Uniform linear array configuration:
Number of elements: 8
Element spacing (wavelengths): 1
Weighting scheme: blackman
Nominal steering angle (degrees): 60
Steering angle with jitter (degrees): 58.998
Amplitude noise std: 0.05
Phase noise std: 0.05

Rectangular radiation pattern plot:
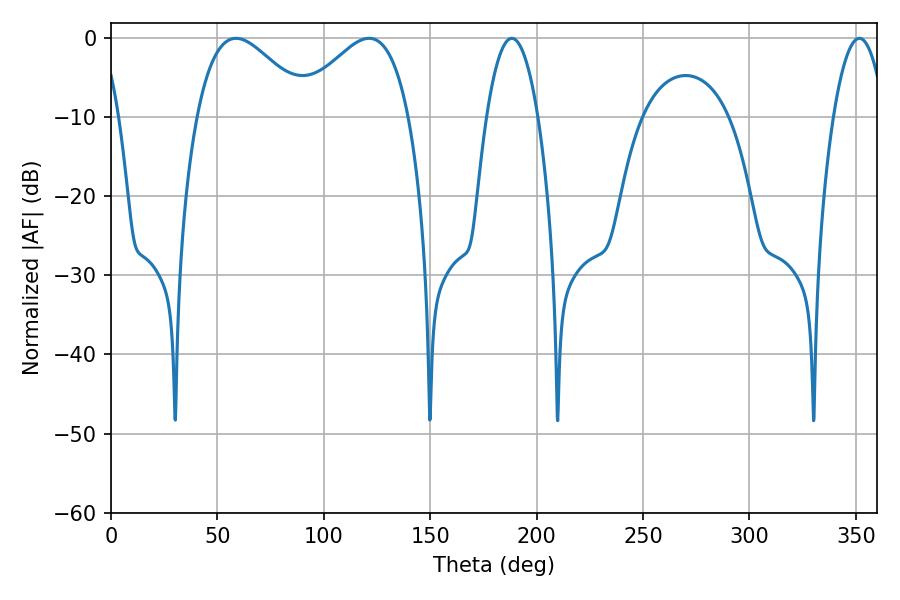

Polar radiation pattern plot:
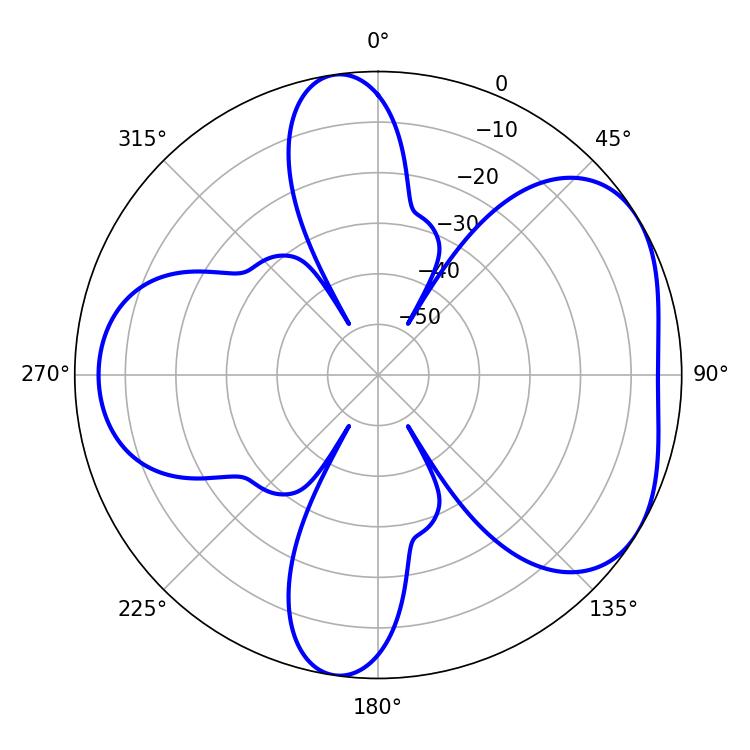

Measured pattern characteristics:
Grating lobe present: TRUE
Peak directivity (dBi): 4.739
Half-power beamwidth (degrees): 28.62
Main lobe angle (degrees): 58.68